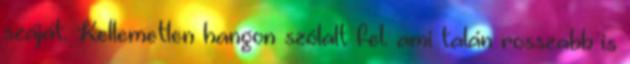
száját. Kellemetlen hangon szólalt fel. ami talán rosszabb is